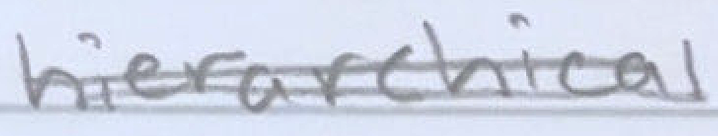
Text: hierarchical
Cross-out: double-line
Writing tool: pencil